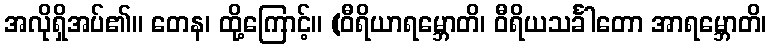
အလိုရှိအပ်၏။ တေန၊ ထို့ကြောင့်။ (ဝီရိယာရမ္ဘောတိ၊ ဝီရိယသင်္ခါတော အာရမ္ဘောတိ၊